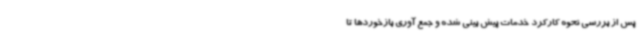
پس از بررسی نحوه کارکرد خدمات پیش بینی شده و جمع آوری بازخوردها تا